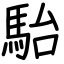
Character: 駘